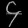
Digit: ၄